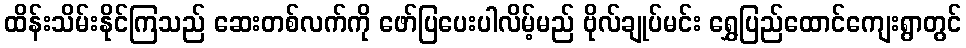
ထိန်းသိမ်းနိုင်ကြသည် ဆေးတစ်လက်ကို ဖော်ပြပေးပါလိမ့်မည် ဗိုလ်ချုပ်မင်း ရွှေပြည်ထောင်ကျေးရွာတွင်